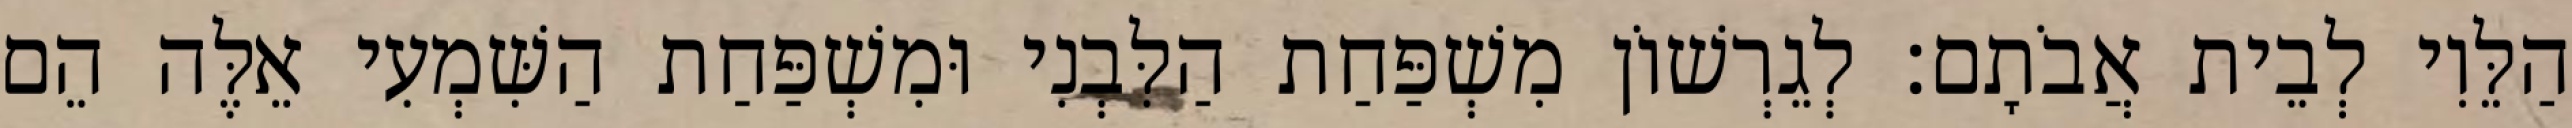
הַלֵּוִי לְבֵית אֲבֹתָם׃ לְגֵרְשׁוֹן מִשְׁפַּחַת הַלִּבְנִי וּמִשְׁפַּחַת הַשִּׁמְעִי אֵלֶּה הֵם